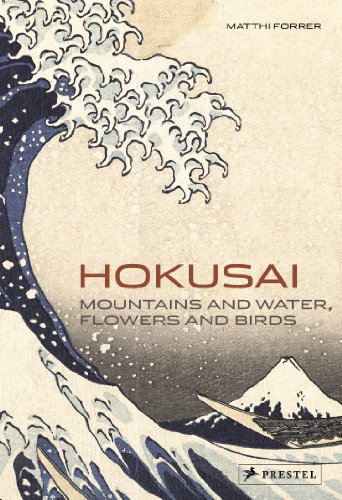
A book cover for Hokusai: Mountains and Water, Flowers and Birds; Matthi Forrer; Arts & Photography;